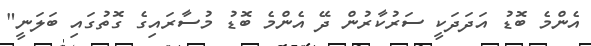
އެންމެ ބޮޑު އަދަދަކީ ސަރުކާރުން ދޭ އެންމެ ބޮޑު މުސާރައިގެ ގޮތުގައި ބަލަނީ"